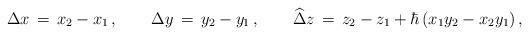
LaTeX: \begin{align*}\Delta x \,=\, x_2-x_1\,,\qquad\Delta y \,=\,y_2-y_1\,,\qquad\widehat\Delta z \,=\, z_2 - z_1 + \hbar\left(x_1 y_2 - x_2 y_1\right),\end{align*}